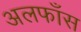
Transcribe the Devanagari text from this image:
अलफाँस